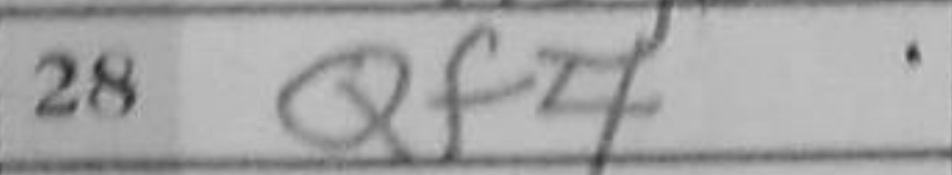
Transcription: Qf4